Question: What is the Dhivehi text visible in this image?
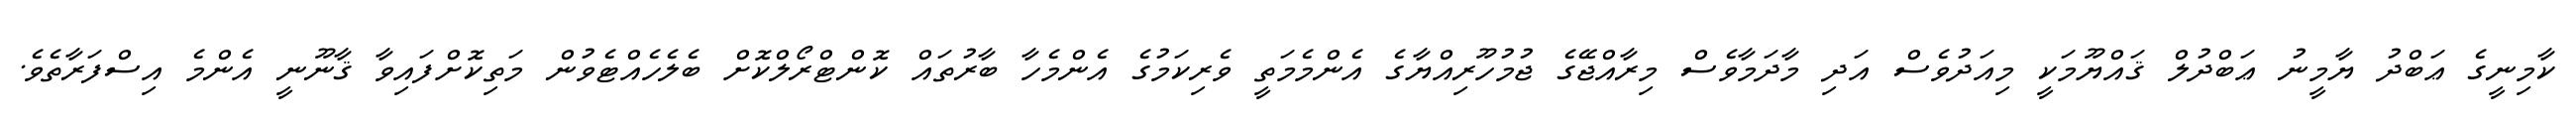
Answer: ކާމިނީގެ ޢަބްދު ޔާމީނު ޢަބްދުލް ޤައްޔޫމަކީ މިއަދުވެސް އަދި މާދަމާވެސް މިރާއްޖޭގެ ޖުމުހޫރިއްޔާގެ އެންމެމަތީ ވެރިކަމުގެ އެންމެހާ ބާރުތައް ކޮންޓްރޯލްކޮށް ބެލެހެއްޓެވުން މަތިކޮށްފައިވާ ޤާނޫނީ އެންމެ އިސްފަރާތެވެ.